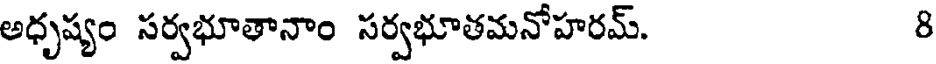
అధృష్యం సర్వభూతానాం సర్వభూతమనోహరమ్. 8